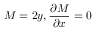
M = 2 y , { \frac { \partial M } { \partial x } } = 0